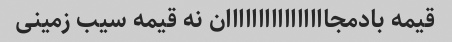
قیمه بادمجاااااااااااااااان نه قیمه سیب زمینی